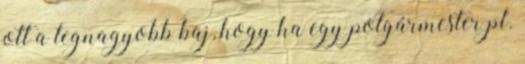
ott a legnagyobb baj, hogy ha egy polgármester pl.